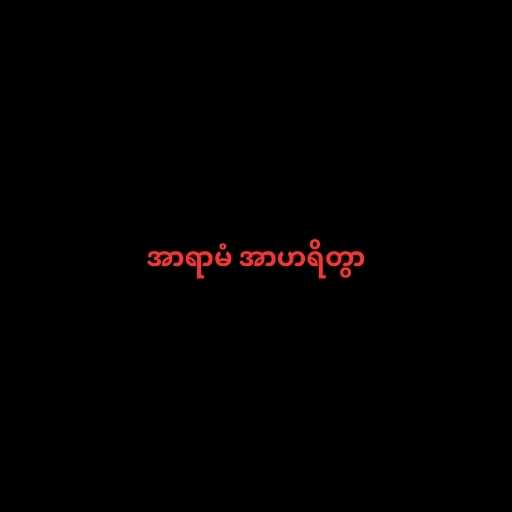
အာရာမံ အာဟရိတွာ